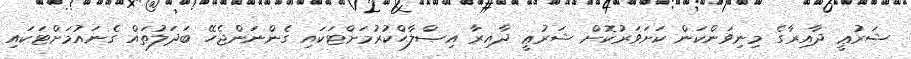
ޝަރުޢީ ދާއިރާގެ މިނިވަންކަން ކަށަވަރުކޮށް ޝަރުޢީ ދާއިރާ އިޞްލާޙްކުރުމަށްޓަކައި ގެންނަންޖެހޭ ބަދަލުތައް ގެނައުމަށްޓަކައި